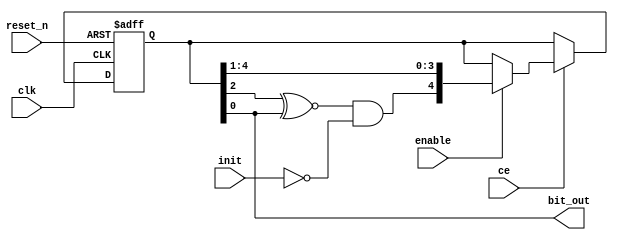
/*---------------------------------------------------------------------------
-- (c) 2013 mark watson
-- I am happy for anyone to use this for non-commercial use.
-- If my vhdl files are used commercially or otherwise sold,
-- please contact me for explicit permission at scrameta (gmail).
-- This applies for source and binary form and derived works.
--
-- Converted to Verilog from original VHDL
--------------------------------------------------------------------------*/

`timescale 1 ps / 1 ps
/* verilator lint_off COMBDLY */
module pokey_poly_5(clk, ce, reset_n, enable, init, bit_out);
   input     clk;
   input     ce;
   input     reset_n;
   input     enable;
   input     init;
   
   output    bit_out;
   
   reg [4:0] shift_reg;
   reg [4:0] shift_next;
   
   always @(posedge clk or negedge reset_n)
      if (reset_n == 1'b0)
         shift_reg <= 5'b01010;
      else if (ce)
         shift_reg <= shift_next;
   
   
   always @(shift_reg or enable or init)
   begin
      shift_next <= shift_reg;
      if (enable == 1'b1)
         shift_next <= {((shift_reg[2] ~^ shift_reg[0]) & (~(init))), shift_reg[4:1]};
   end
   
   assign bit_out = shift_reg[0];
   
endmodule
/* verilator lint_on COMBDLY */